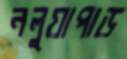
নলুয়াপাড়